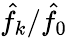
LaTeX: \hat{f}_{k}/\hat{f}_{0}